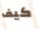
كيف